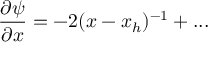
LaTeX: \frac { \partial \psi } { \partial x } = - 2 ( x - x _ { h } ) ^ { - 1 } + . . .